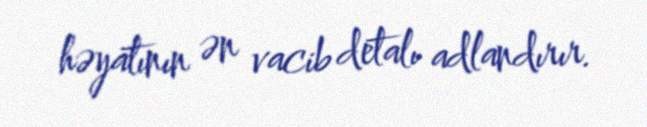
həyatının ən vacib detalı adlandırır.